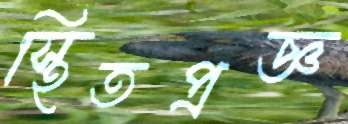
স্থিতপ্রজ্ঞ